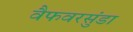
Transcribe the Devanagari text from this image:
वैफवरसुंडा